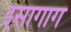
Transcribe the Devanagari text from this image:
इसागाग